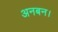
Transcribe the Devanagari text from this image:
अनबन।